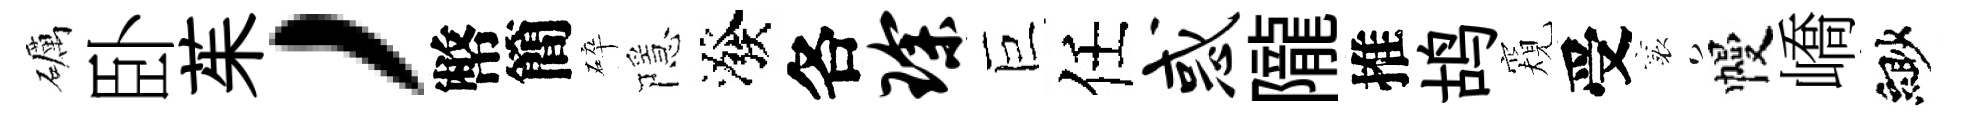
礪卧茱，幣簡碎隱潑各琛巨任惑隴推鸪窺受襄幔嶠緲